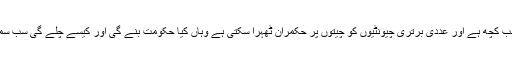
جہاں عدد ہی سب کچھ ہے اور عددی برتری چیونٹیوں کو چیتوں پر حکمران ٹھہرا سکتی ہے وہاں کیا حکومت بنے گی اور کیسے چلے گی سب سمجھ سکتے ہیں۔